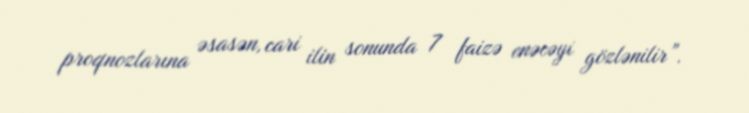
proqnozlarına əsasən, cari ilin sonunda 7 faizə enəcəyi gözlənilir”.